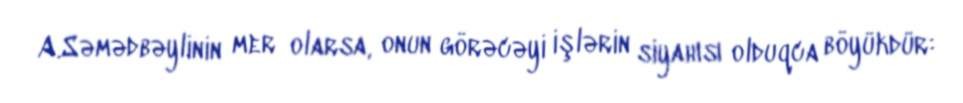
A.Səmədbəylinin mer olarsa, onun görəcəyi işlərin siyahısı olduqca böyükdür: